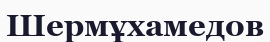
Шермұхамедов